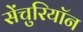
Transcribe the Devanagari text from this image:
सेंचुरियॉन